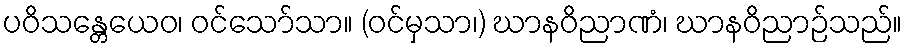
ပဝိသန္တေယေဝ၊ ဝင်သော်သာ။ (ဝင်မှသာ၊) ဃာနဝိညာဏံ၊ ဃာနဝိညာဉ်သည်။